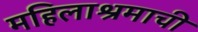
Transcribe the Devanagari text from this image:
महिलाश्रमाची